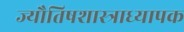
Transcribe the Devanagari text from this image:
ज्यौतिषशास्त्राध्यापक